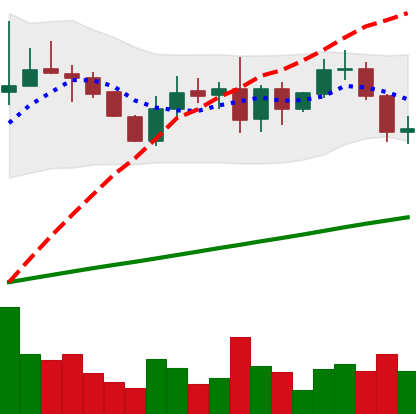
Ticker: LINK-USD
Chart end date: 2019-08-22
Forward return: -5.49%
Label: down_5_7